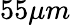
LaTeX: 55\mu m